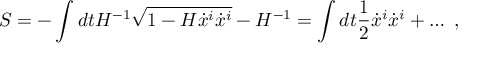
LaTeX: S = - \int d t H ^ { - 1 } \sqrt { 1 - H \dot { x } ^ { i } \dot { x } ^ { i } } - H ^ { - 1 } = \int d t { \frac { 1 } { 2 } } \dot { x } ^ { i } \dot { x } ^ { i } + \ldots \ ,